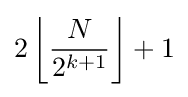
2\left\lfloor {\frac {N}{2^{k+1}}}\right\rfloor +1